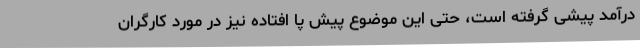
درآمد پیشی گرفته است، حتی این موضوع پیش پا افتاده نیز در مورد کارگران